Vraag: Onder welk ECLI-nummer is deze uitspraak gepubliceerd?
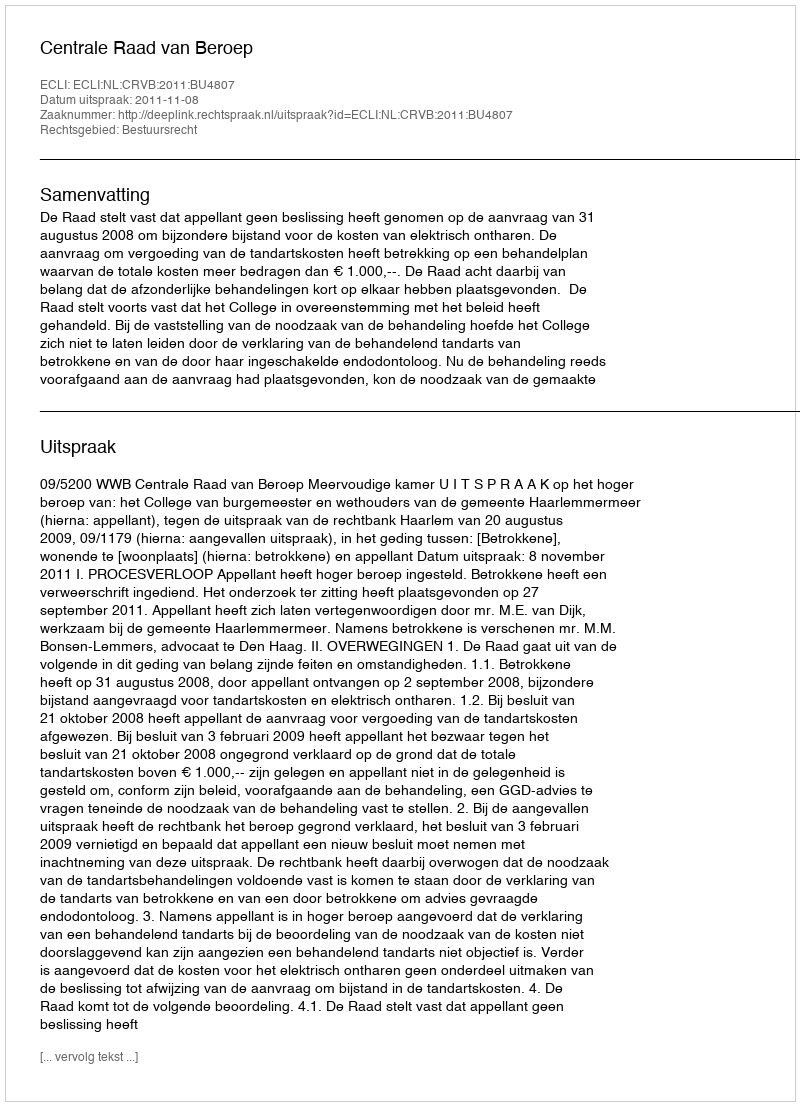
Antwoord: ECLI:NL:CRVB:2011:BU4807